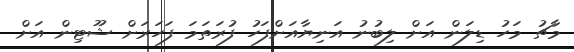
މާޗު މަހު ޑިލަން އަށް ލިބުނު އަނިޔާއަށްފަހު ފުރަތަމަ ފަހަރަށް ޝޫޓިން އަށް